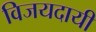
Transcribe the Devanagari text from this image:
विजयदायी